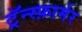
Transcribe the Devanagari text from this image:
ट्रॅन्स्फ़ार्मर